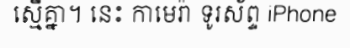
ស្មើគ្នា។ នេះ កាមេរ៉ា ទូរស័ព្ទ iPhone